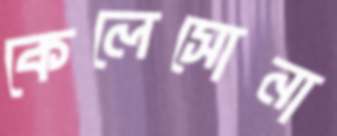
কেলেসোনা